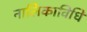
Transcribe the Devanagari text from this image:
नालिकाविधि